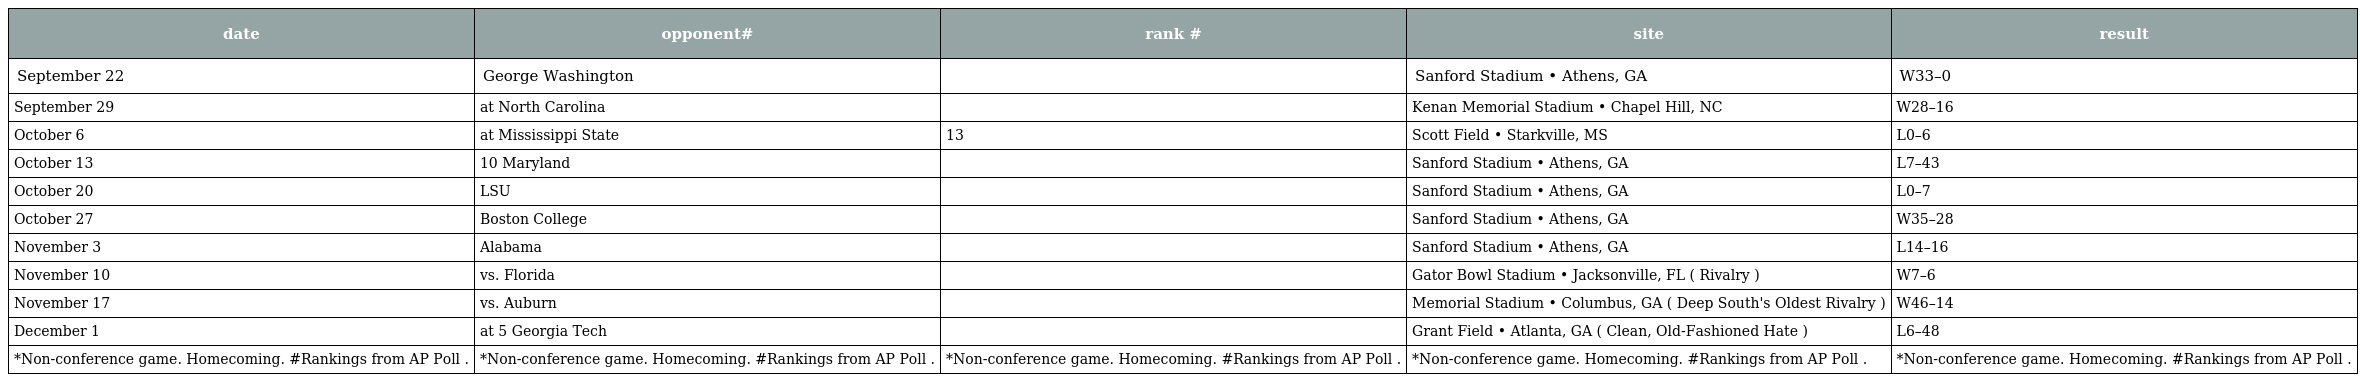
| date | opponent# | rank # | site | result |
 | --- | --- | --- | --- | --- |
 | September 22 | George Washington |  | Sanford Stadium • Athens, GA | W33–0 |
 | September 29 | at North Carolina |  | Kenan Memorial Stadium • Chapel Hill, NC | W28–16 |
 | October 6 | at Mississippi State | 13 | Scott Field • Starkville, MS | L0–6 |
 | October 13 | 10 Maryland |  | Sanford Stadium • Athens, GA | L7–43 |
 | October 20 | LSU |  | Sanford Stadium • Athens, GA | L0–7 |
 | October 27 | Boston College |  | Sanford Stadium • Athens, GA | W35–28 |
 | November 3 | Alabama |  | Sanford Stadium • Athens, GA | L14–16 |
 | November 10 | vs. Florida |  | Gator Bowl Stadium • Jacksonville, FL ( Rivalry ) | W7–6 |
 | November 17 | vs. Auburn |  | Memorial Stadium • Columbus, GA ( Deep South's Oldest Rivalry ) | W46–14 |
 | December 1 | at 5 Georgia Tech |  | Grant Field • Atlanta, GA ( Clean, Old-Fashioned Hate ) | L6–48 |
 | *Non-conference game. Homecoming. #Rankings from AP Poll . | *Non-conference game. Homecoming. #Rankings from AP Poll . | *Non-conference game. Homecoming. #Rankings from AP Poll . | *Non-conference game. Homecoming. #Rankings from AP Poll . | *Non-conference game. Homecoming. #Rankings from AP Poll . |